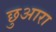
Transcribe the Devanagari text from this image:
छुआरा